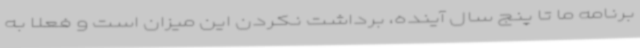
برنامه‌ ما تا پنج سال آینده، برداشت نکردن این میزان است و فعلا به